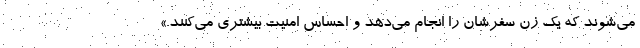
می‌شوند که یک زن سفرشان را انجام می‌دهد و احساس امنیت بیشتری می‌کنند.»